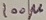
Text: 100µ